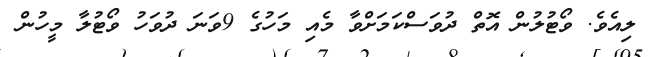
ލިއެވެ. ވޯޓުލުން އޮތް ދުވަސްކަމަށްވާ މެއި މަހުގެ 9ވަނަ ދުވަހު ވޯޓުލާ މީހުން